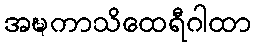
အဍ္ဎကာသိထေရီဂါထာ